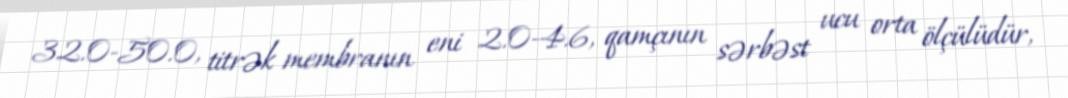
32.0-50.0, titrək membranın eni 2.0-4.6, qamçının sərbəst ucu orta ölçülüdür,